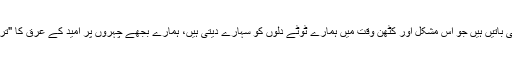
یہ تیرے محبوب کی باتیں ہیں جو اس مشکل اور کٹھن وقت میں ہمارے ٹوٹے دلوں کو سہارے دیتی ہیں، ہمارے بجھے چہروں پر امید کے عرق کا "ترونکا" لگا دیتی ہیں۔